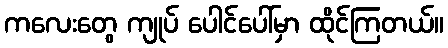
ကလေးတွေ ကျုပ် ပေါင်ပေါ်မှာ ထိုင်ကြတယ်။